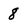
Character: 8